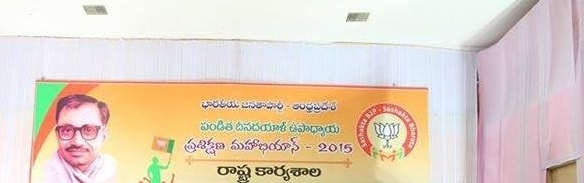
Language: telugu
Transcription: భారతీయ ప్రశిక్షణ మహాభియాన్ రాష్ట్ర కార్యశాల పండిత